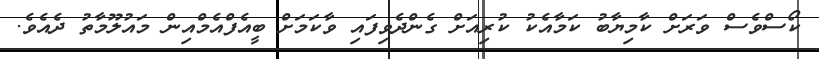
ކޯސްވެސް ވަރަށް ކާމިޔާބު ކަމާއެކު ކުރިއަށް ގެންދެވިފައި ވާކަމަށް ބީއެފްއެމްއިން މައުލޫމާތު ދެއެވެ.